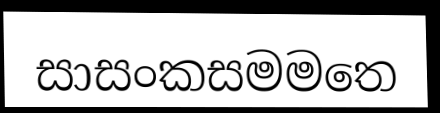
සාසංකසමමතෙ